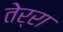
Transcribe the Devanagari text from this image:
तेर्रा